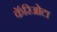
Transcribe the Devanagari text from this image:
कॅरिओटा